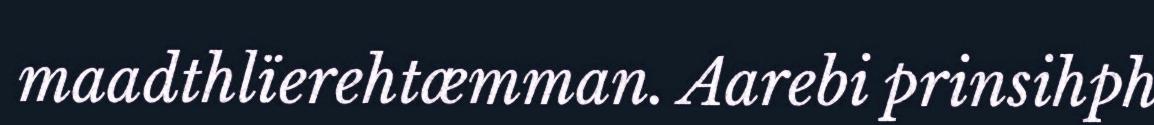
maadthlïerehtæmman. Aarebi prinsihph